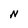
Character: N